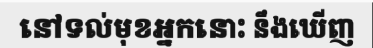
នៅទល់មុខអ្នកនោះ នឹងឃើញ